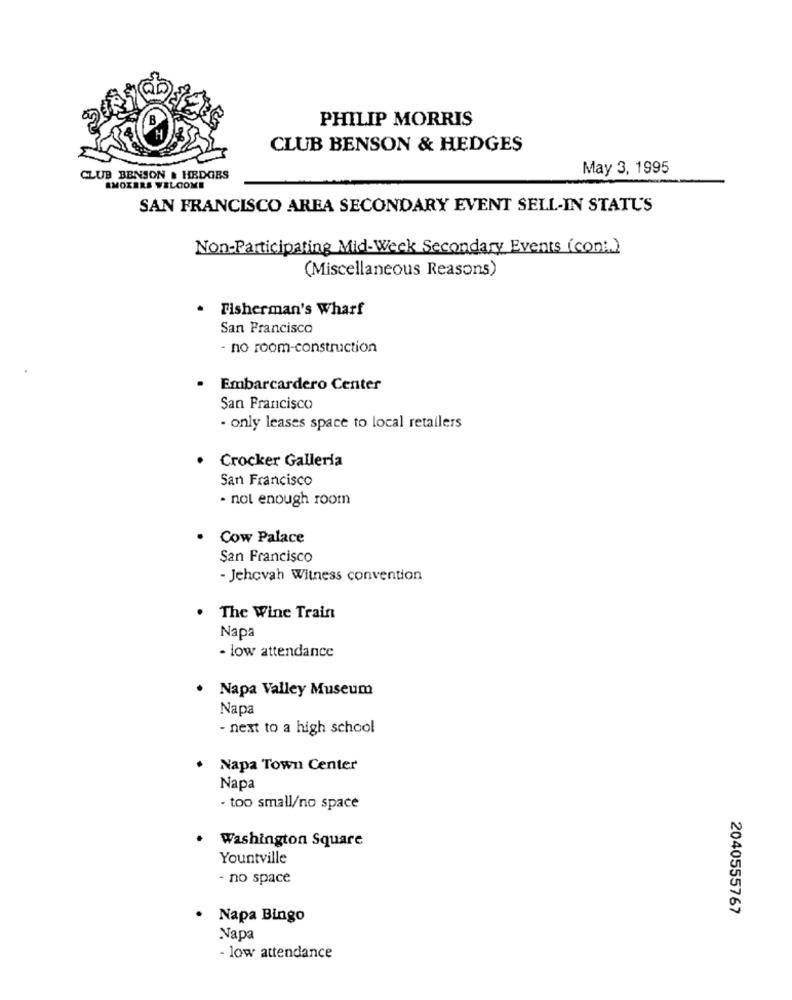
PHILIP MORRIS
CLUB BENSON & HEDGES
May 3, 1995
CLUB BENSON & HEDGES
SMOKERS WELCOME
SAN FRANCISCO AREA SECONDARY EVENT SELL-IN STATUS
Non-Participating Mid-Week Secondary Events (cont.)
(Miscellaneous Reasons)
Fisherman's Wharf
San Francisco
- no room-construction
Embarcardero Center
San Francisco
- only leases space to local retailers
Crocker Galleria
San Francisco
- not enough room
Cow Palace
San Francisco
- Jehovah Witness convention
The Wine Train
Napa
- low attendance
. Napa Valley Museum
Napa
- next to a high school
Napa Town Center
Napa
- too small/no space
Washington Square
Yountville
- no space
2040555767
· Napa Bingo
Napa
- low attendance